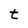
Character: t